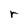
Character: r